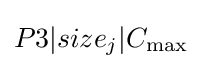
P3|size_{j}|C_{\max }